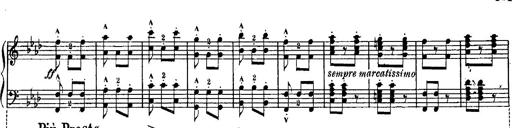
Title: Schubert's Impromptus [revised and edited by Franz Liszt]
Composer: Franz Liszt